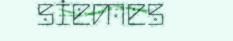
siemes